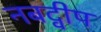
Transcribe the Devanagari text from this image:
नबद्वीप